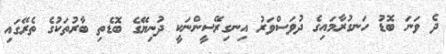
ދެ ވަނަ ބޮޑު ހަނގުރާމައިގެ ދުވަސްވަރު އިނގިރޭސީންނަކީ ދުނިޔޭގެ ބޮޑެތި ބާރުތަކުގެ ތެރޭގައި